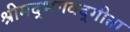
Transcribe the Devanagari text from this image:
श्रीमद्‍भगवद्‍गीता